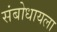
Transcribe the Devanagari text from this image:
संबोधायला